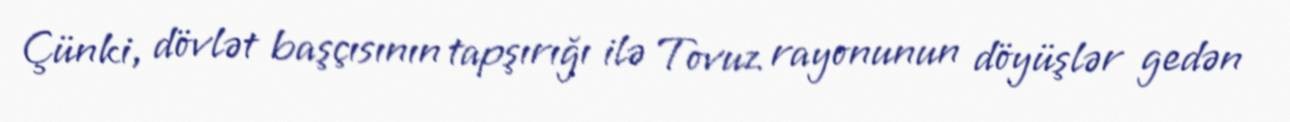
Çünki, dövlət başçısının tapşırığı ilə Tovuz rayonunun döyüşlər gedən